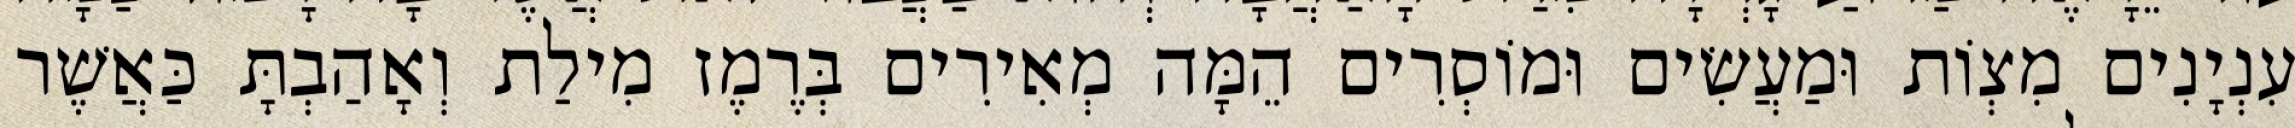
עִנְיָנִים מִצְוֹת וּמַעֲשִׂים וּמוֹסְרִים הֵמָּה מְאִירִים בְּרֶמֶז מִילַת וְאָהַבְתָּ כַּאֲשֶׁר